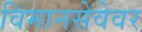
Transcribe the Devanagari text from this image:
विमानसेवेवर